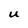
Character: u